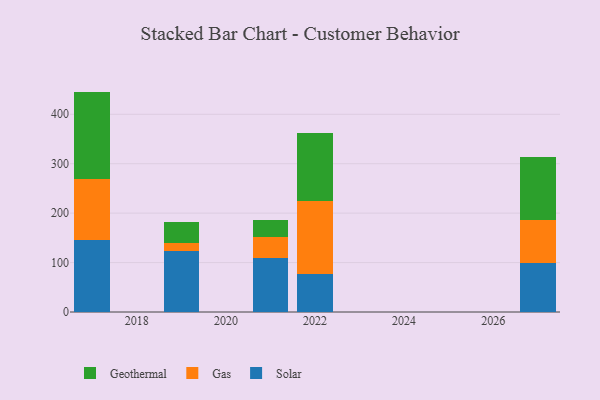
{"axis": {"x": "Year", "y": "Humidity (%)"}, "legend": ["Gas", "Geothermal", "Solar"], "data": [{"x": "2017", "y": 145.7, "type": "Solar"}, {"x": "2017", "y": 123.1, "type": "Gas"}, {"x": "2017", "y": 177.1, "type": "Geothermal"}, {"x": "2019", "y": 122.9, "type": "Solar"}, {"x": "2019", "y": 16.8, "type": "Gas"}, {"x": "2019", "y": 41.9, "type": "Geothermal"}, {"x": "2021", "y": 108.5, "type": "Solar"}, {"x": "2021", "y": 42.8, "type": "Gas"}, {"x": "2021", "y": 35.0, "type": "Geothermal"}, {"x": "2027", "y": 99.8, "type": "Solar"}, {"x": "2027", "y": 85.4, "type": "Gas"}, {"x": "2027", "y": 127.8, "type": "Geothermal"}, {"x": "2022", "y": 77.1, "type": "Solar"}, {"x": "2022", "y": 148.1, "type": "Gas"}, {"x": "2022", "y": 137.5, "type": "Geothermal"}]}